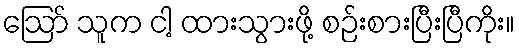
ဪ သူက ငါ့ ထားသွားဖို့ စဉ်းစားပြီးပြီကိုး။